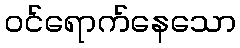
ဝင်ရောက်နေသော